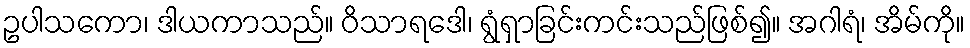
ဥပါသကော၊ ဒါယကာသည်။ ဝိသာရဒေါ၊ ရွံရှာခြင်းကင်းသည်ဖြစ်၍။ အဂါရံ၊ အိမ်ကို။